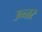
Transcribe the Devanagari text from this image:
उच्च्त्तर